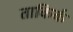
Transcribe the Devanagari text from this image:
ताकिर्क